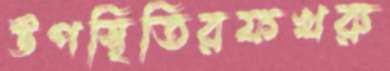
উপস্থিতিরফখরু